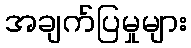
အချက်ပြမှုများ